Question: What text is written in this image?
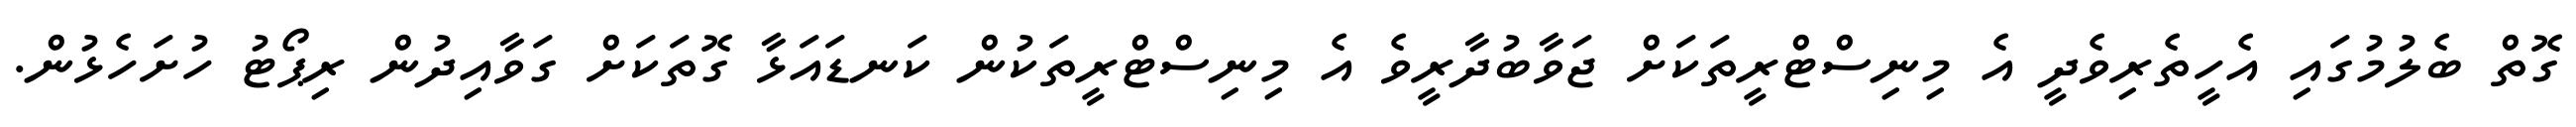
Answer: ގޮތް ބެލުމުގައި އެހީތެރިވެދީ އެ މިނިސްޓްރީތަކަށް ޖަވާބުދާރީވެ އެ މިނިސްޓްރީތަކުން ކަނޑައަޅާ ގޮތަކަށް ގަވާއިދުން ރިޕޯޓު ހުށަހެޅުން.